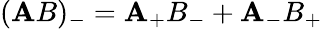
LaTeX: (\mathbf{A}B)_{-}=\mathbf{A}_{+}B_{-}+\mathbf{A}_{-}B_{+}